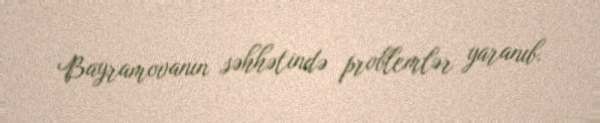
Bayramovanın səhhətində problemlər yaranıb.